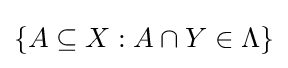
\{A\subseteq X:A\cap Y\in \Lambda \}